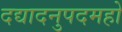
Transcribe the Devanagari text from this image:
दद्यादनुपदमहो